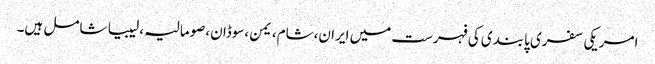
امریکی سفری پابندی کی فہرست میں ایران،شام،یمن،سوڈان،صومالیہ،لیبیا شامل ہیں۔